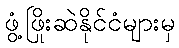
ဖွံ့ဖြိုးဆဲနိုင်ငံများမှ